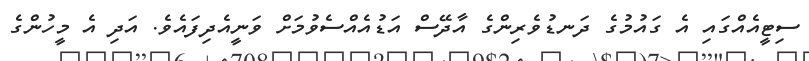
ސިޓީއެއްގައި އެ ގައުމުގެ ދަނޑުވެރިންގެ އާދޭސް އަޑުއެއްސެވުމަށް ވަނީއެދިފައެވެ. އަދި އެ މީހުންގެ